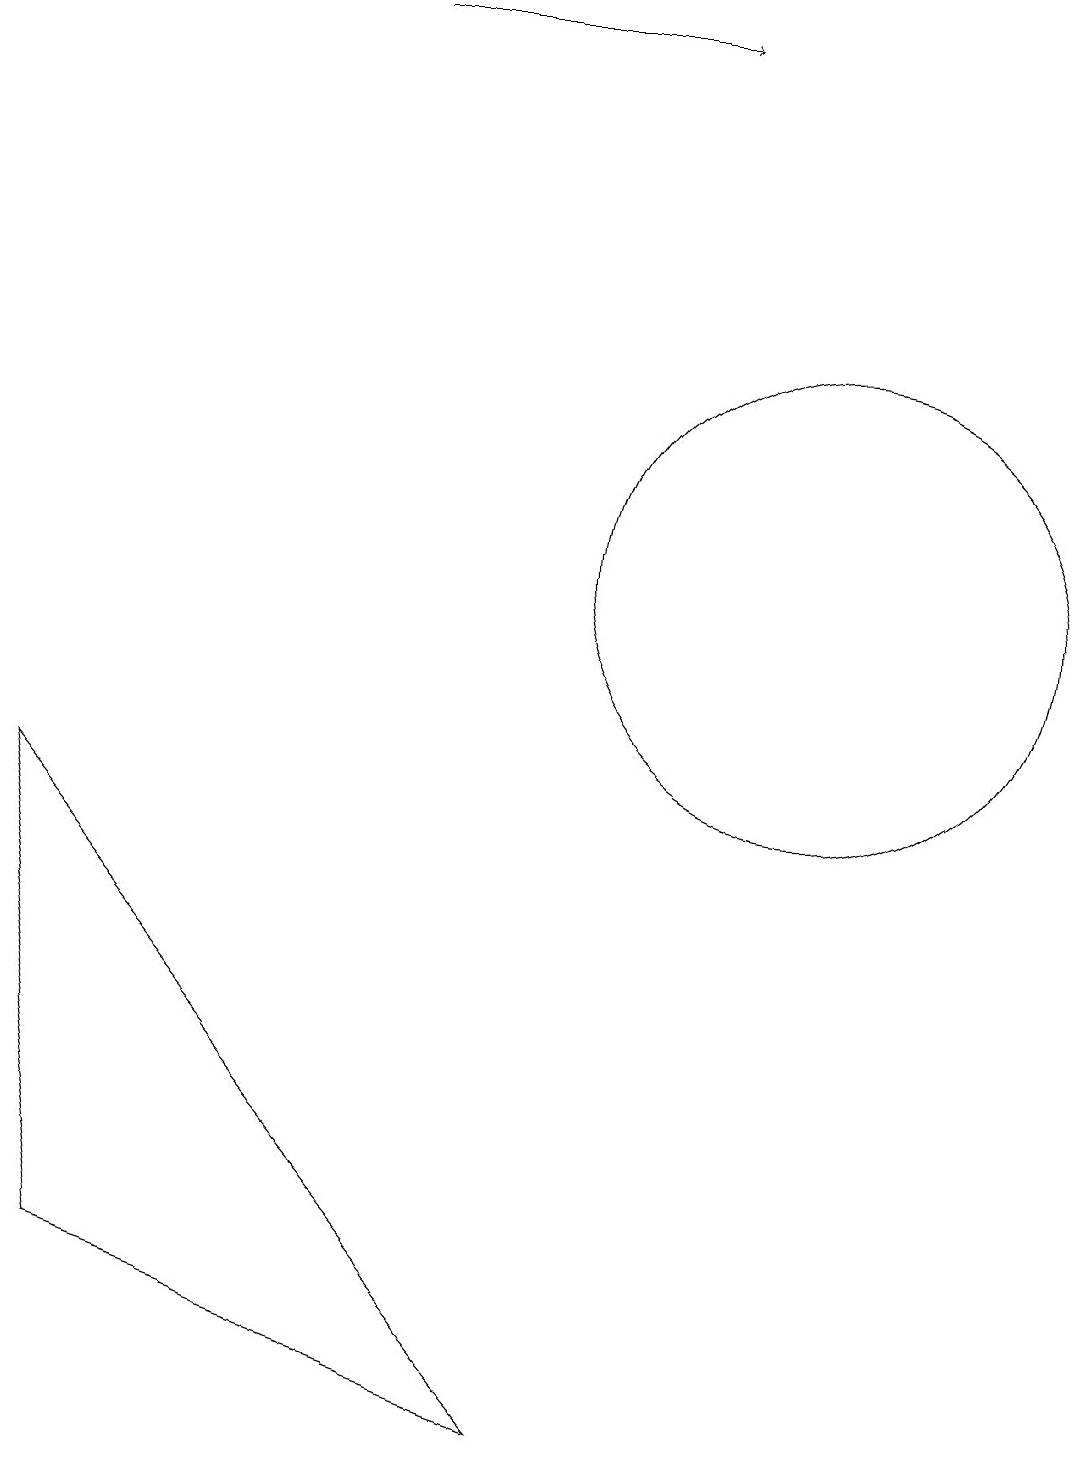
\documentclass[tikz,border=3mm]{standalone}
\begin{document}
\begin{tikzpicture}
\draw (11,12) circle (3);
\draw (1,9) -- (2,3) -- (8,1) -- cycle;
\draw[->] (5,19) -- (9,19);
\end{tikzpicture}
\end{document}